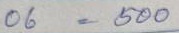
06 = 500